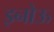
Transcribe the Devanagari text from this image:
इनोऊ